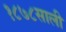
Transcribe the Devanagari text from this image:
१८७८साली